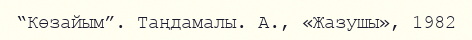
“Көзайым”. Таңдамалы. А., «Жазушы», 1982